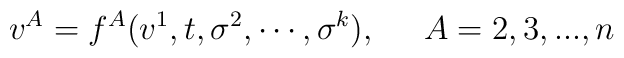
v^A=f^A(v^1,t,\sigma ^2,\cdots ,\sigma ^k),\;\;\;\;\;A=2,3,...,n